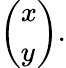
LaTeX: {\left(\begin{array}{l}{x}\\ {y}\end{array}\right)}.